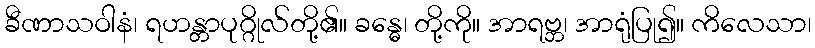
ခီဏာသဝါနံ၊ ရဟန္တာပုဂ္ဂိုလ်တို့၏။ ခန္ဓေ၊ တို့ကို။ အာရဗ္ဘ၊ အာရုံပြု၍။ ကိလေသာ၊